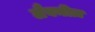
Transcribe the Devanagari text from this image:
लैबनीज़